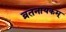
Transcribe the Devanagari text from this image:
व्रतनायकम्